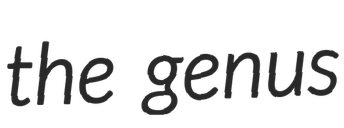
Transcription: the genus